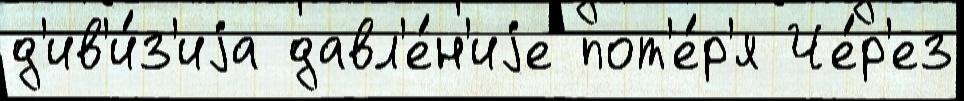
д'ив'и́з'иjа давл'е́н'иjе пот'е́р'я Че́р'ез